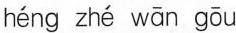
héng zhé wān goū